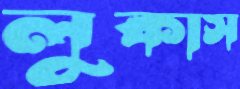
লুকাস